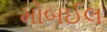
મોબઈલ